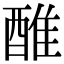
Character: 醀